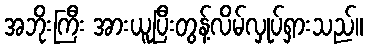
အဘိုးကြီး အားယူပြီးတွန့်လိမ်လှုပ်ရှားသည်။